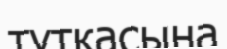
тұткасына